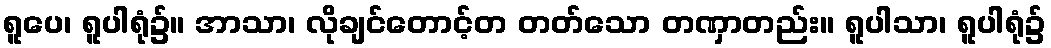
ရူပေ၊ ရူပါရုံ၌။ အာသာ၊ လိုချင်တောင့်တ တတ်သော တဏှာတည်း။ ရူပါသာ၊ ရူပါရုံ၌